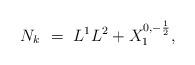
LaTeX: \begin{align*} N_k \ = \ {L^1 L^2} + X_1^{0,-\frac{1}{2}},\end{align*}